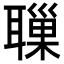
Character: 𦗔